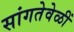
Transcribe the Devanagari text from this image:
सांगतेवेळीं